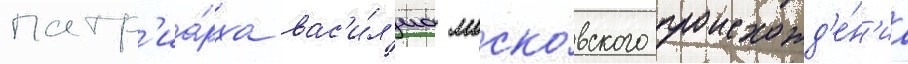
патр'иа́рха вас'и́л'иа моско́вского происхожд'е́н'иа